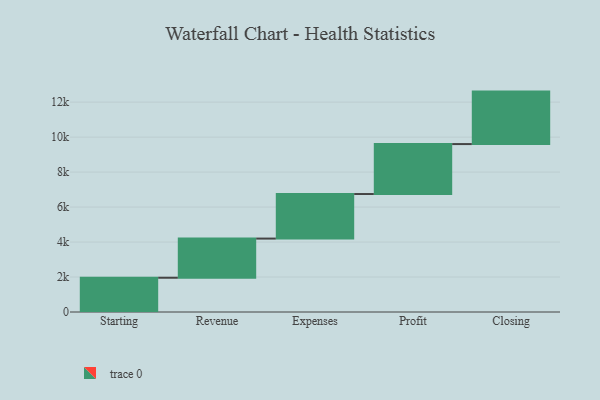
{"axis": {"x": "Step", "y": "Value"}, "legend": [""], "data": [{"x": "Starting", "y": 1959.0, "type": ""}, {"x": "Revenue", "y": 2239.0, "type": ""}, {"x": "Expenses", "y": 2547.0, "type": ""}, {"x": "Profit", "y": 2857.0, "type": ""}, {"x": "Closing", "y": 3000, "type": ""}]}